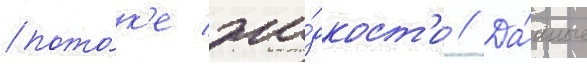
пото́к'е жи́дкост'и // Да́нные